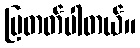
ပြတတ်ပါတယ်။